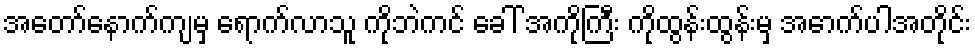
အတော်နောက်ကျမှ ရောက်လာသူ ကိုဘဲကင် ခေါ် အကိုကြီး ကိုထွန်းထွန်းမှ အောက်ပါအတိုင်း